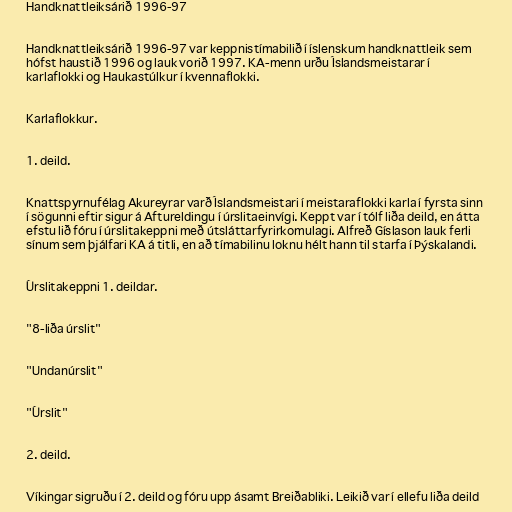
Handknattleiksárið 1996-97

Handknattleiksárið 1996-97 var keppnistímabilið í íslenskum handknattleik sem
hófst haustið 1996 og lauk vorið 1997. KA-menn urðu Íslandsmeistarar í
karlaflokki og Haukastúlkur í kvennaflokki.

Karlaflokkur.

1. deild.

Knattspyrnufélag Akureyrar varð Íslandsmeistari í meistaraflokki karla í fyrsta sinn
í sögunni eftir sigur á Aftureldingu í úrslitaeinvígi. Keppt var í tólf liða deild, en átta
efstu lið fóru í úrslitakeppni með útsláttarfyrirkomulagi. Alfreð Gíslason lauk ferli
sínum sem þjálfari KA á titli, en að tímabilinu loknu hélt hann til starfa í Þýskalandi.

Úrslitakeppni 1. deildar.

"8-liða úrslit"

"Undanúrslit"

"Úrslit"

2. deild.

Víkingar sigruðu í 2. deild og fóru upp ásamt Breiðabliki. Leikið var í ellefu liða deild